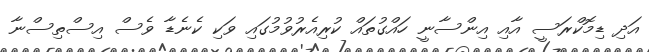
އަދި ޑިމޮކްރަސީ އާއި އިންސާނީ ހައްގުތައް ކުރިއެރުވުމުގައި ވަކި ކެނެޑާ ވެސް އިސްތިސްނާ